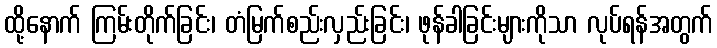
ထို့နောက် ကြမ်းတိုက်ခြင်း၊ တံမြက်စည်းလှည်းခြင်း၊ ဖုန်ခါခြင်းများကိုသာ လုပ်ရန်အတွက်